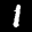
Label: 1